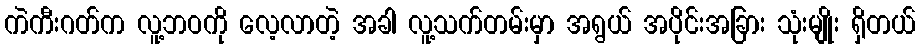
ကဲကီးဂတ်က လူ့ဘဝကို လေ့လာတဲ့ အခါ လူ့သက်တမ်းမှာ အရွယ် အပိုင်းအခြား သုံးမျိုး ရှိတယ်